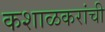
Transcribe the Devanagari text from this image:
कशाळकरांची